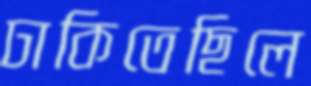
ঢাকিতেছিলে